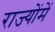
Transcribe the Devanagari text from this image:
राज्योंमें